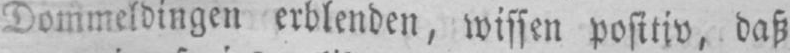
Dommeldingen erblenden, wissen positiv, daß